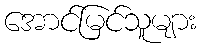
အောင်မြင်သူများ